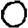
Digit: 0